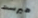
هيرست